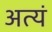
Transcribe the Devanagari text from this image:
अत्यं